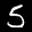
Label: 5